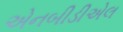
એનબીડીએલ